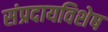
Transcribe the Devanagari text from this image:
संप्रदायविशेष